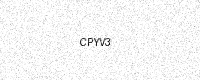
Text: CPYV3